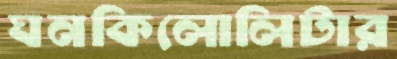
ঘনকিলোলিটার